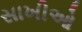
સાખીઓ